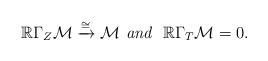
LaTeX: \begin{align*}{\mathbb R}{\Gamma}_{Z}{\mathcal M}\xrightarrow{\cong}{\mathcal M} \textit{ and\,\, } {\mathbb R}{\Gamma}_{T}{\mathcal M}=0.\end{align*}